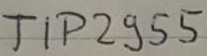
Text: TIP29555